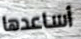
أساعدها